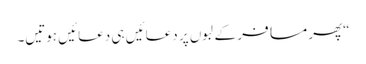
“پھر مسافر کے لبوں پر دعائیں ہی دعائیں ہوتیں۔